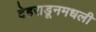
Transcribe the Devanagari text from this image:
देहराडूनमधली